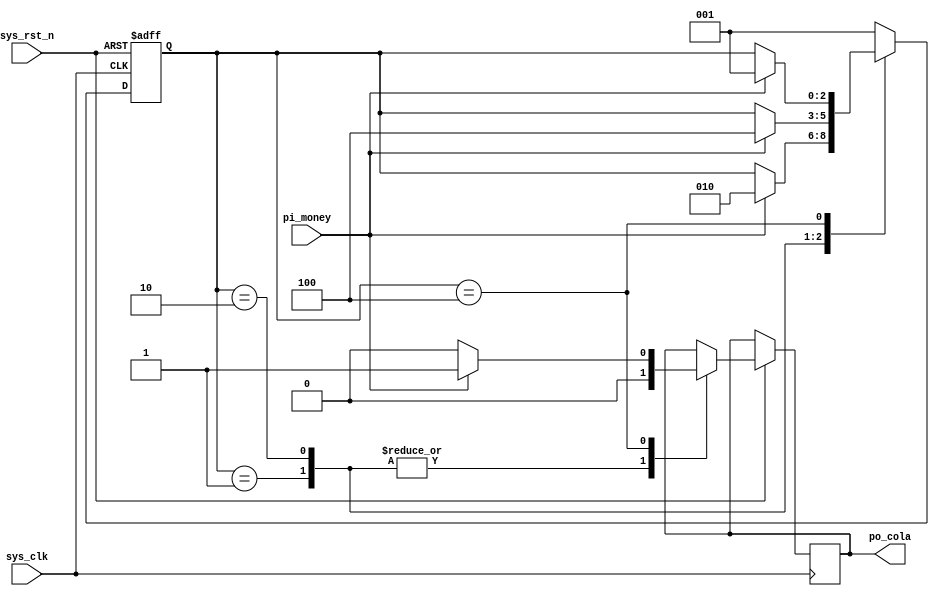
module state_cola_1
(
	input 	wire 	sys_clk,
	input 	wire 	sys_rst_n,
	input 	wire 	pi_money,
	
	output 	reg 	po_cola
);
reg [2:0] state;

parameter ZERO = 3'b001, ONE = 3'b010, TWO = 3'b100;

//
always@(posedge sys_clk or negedge sys_rst_n)
	if(sys_rst_n == 1'b0)
		state <= ZERO;
	else case(state)
		ZERO: 	if(pi_money == 1'b1)
					begin
						state <= ONE;
						po_cola <= 1'b0;
					end
				else
					begin 
						state <= state;
						po_cola <= 1'b0;
					end
		ONE:	if(pi_money == 1'b1)
					begin
						state <= TWO;
						po_cola <= 1'b0;
					end
				else
					begin 
						state <= state;
						po_cola <= 1'b0;
					end
		TWO:	if(pi_money == 1'b1)
					begin
						state <= ZERO;
						po_cola <= 1'b1;
					end
				else
					begin 
						state <= state;
						po_cola <= 1'b0;
					end
		default: state <= ZERO;
		endcase
endmodule